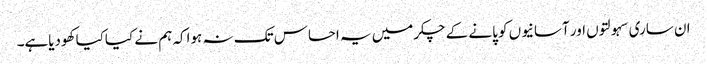
ان ساری سہولتوں اور آسانیوں کو پانے کے چکرمیں یہ احساس تک نہ ہواکہ ہم نے کیاکیا کھودیاہے۔